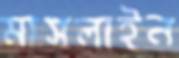
মাসলাইন